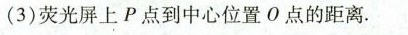
(3)荧光屏上P点到中心位置O点的距离。